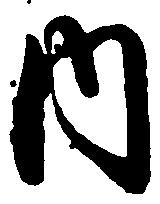
内